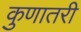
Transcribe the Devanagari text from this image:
कुणातरी